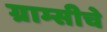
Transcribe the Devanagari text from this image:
ग्राम्सीचे